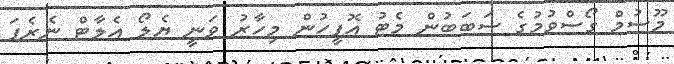
މޫސުމް ގޯސްވުމުގެ ސަބަބުން މެޓު އޮފީހުން މިހާރު ވަނީ ޔެލޯ އެލާޓް ނެރެފަ